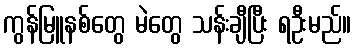
ကွန်မြူနစ်တွေ မဲတွေ သန်းချီပြီး ရဦးမည်။